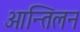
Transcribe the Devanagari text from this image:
आन्तिलन